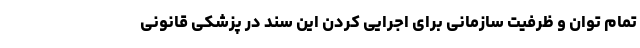
تمام توان و ظرفیت سازمانی برای اجرایی کردن این سند در پزشکی قانونی